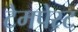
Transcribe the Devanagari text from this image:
टेमपेस्ट